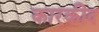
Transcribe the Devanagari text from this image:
कारकीद